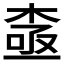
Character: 𱣵